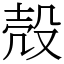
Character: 殻